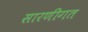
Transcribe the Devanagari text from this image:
सारणीगत